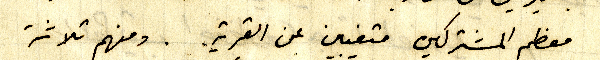
معظم المشتركين متغيبين عن القرية. ومنهم ثلاثة